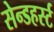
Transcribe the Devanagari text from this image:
सेन्डहर्स्ट